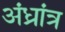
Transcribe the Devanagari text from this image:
अंध्रांत्र